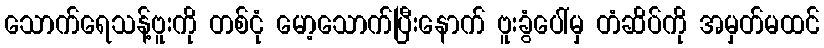
သောက်ရေသန့်ဗူးကို တစ်ငုံ မော့သောက်ပြီးနောက် ဗူးခွံပေါ်မှ တံဆိပ်ကို အမှတ်မထင်